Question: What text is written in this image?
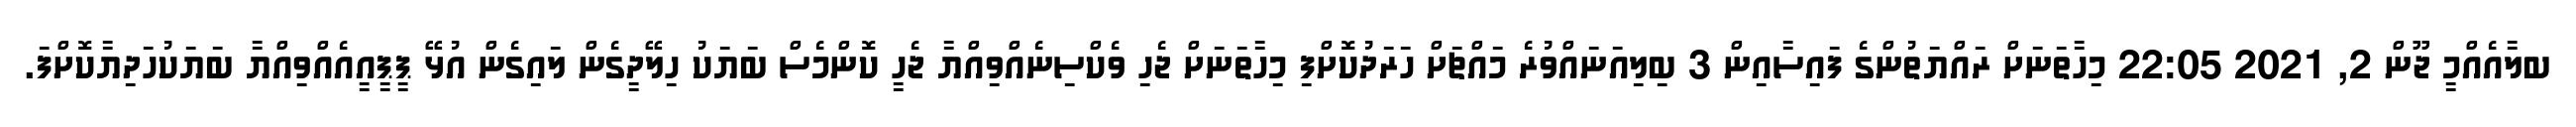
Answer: ބލާއެއްމީ ޖޫން 2, 2021 22:05 މިހާތަނަށް ރައްޔަތުންގެ ފައިސާއިން 3 ބިލިއަނައްވުރެ މައްޗަށް ހަރަދުކޮށްފި މިހާތަނަށް ޖެހި ވެކްސިނެއްވިއްޔާ ޖެހީ ކޮންމެސް ބަޔަކު ހިލޭދީގެން ލައިގެން އުޅޭ ޕީޕީއީއެއްވިއްޔާ ބަޔަކުހަދިޔާކޮށްފަ.